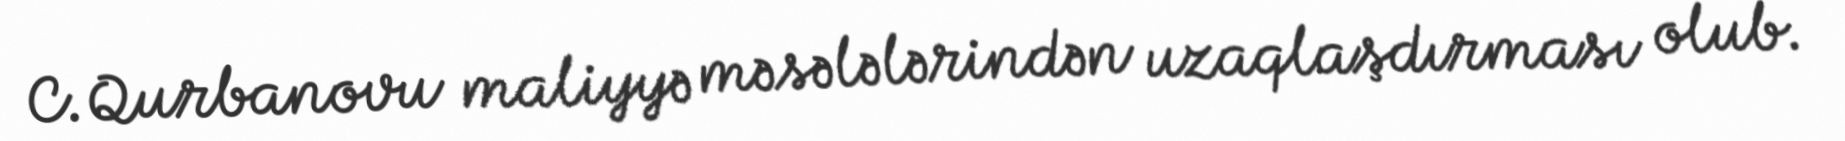
C.Qurbanovu maliyyə məsələlərindən uzaqlaşdırması olub.